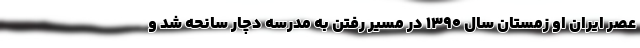
عصر ایران او زمستان سال 1390 در مسیر رفتن به مدرسه دچار سانحه شد و